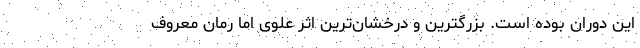
این دوران بوده است. بزرگترین و درخشان‌ترین اثر علوی اما رمان معروف